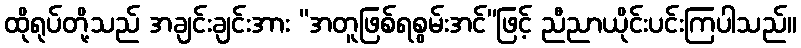
ထိုရုပ်တို့သည် အချင်းချင်းအား “အတူဖြစ်ရစွမ်းအင်”ဖြင့် ညီညာယိုင်းပင်းကြပါသည်။